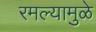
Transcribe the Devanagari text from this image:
रमल्यामुळे